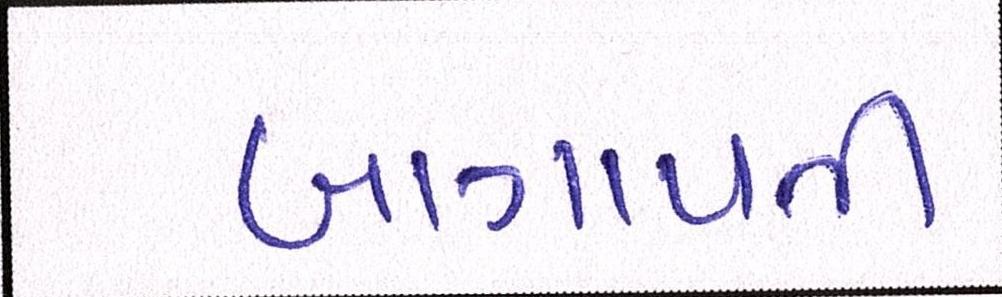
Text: બાગાયતી